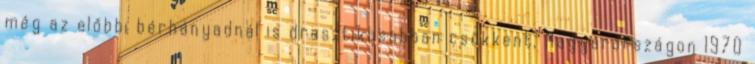
még az előbbi bérhányadnál is drasztikusabban csökkent, Magyarországon 1970